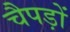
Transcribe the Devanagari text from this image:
चैपड़ों